Lunatic asylums Central Provinces reports 1886-1894 - 1886-1894
Year: 1886
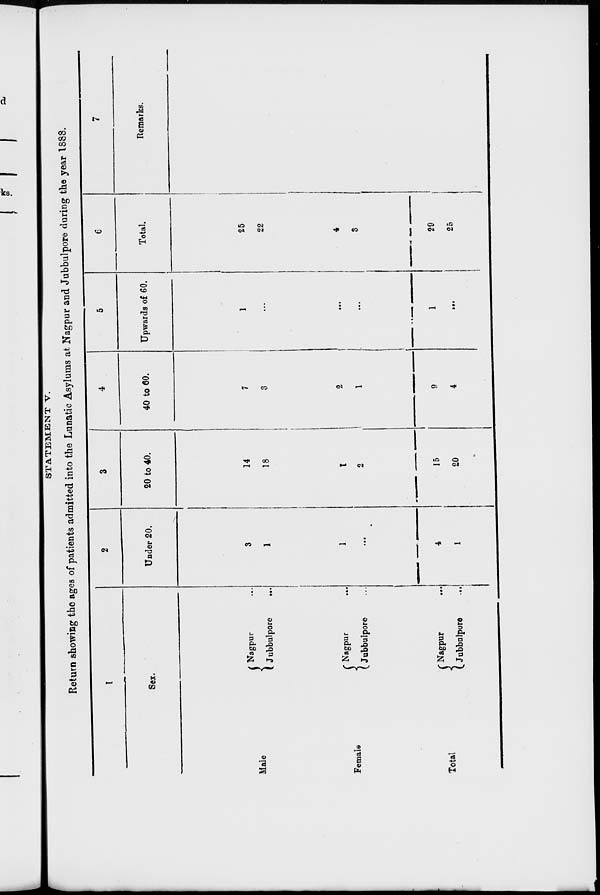
STATEMENT V.
Return showing the ages of patients admitted into the Lunatic Asylums at Nagpur and Jubbulpore during the year 1888.
1
Sex.
Male
Female
Total
Nagpur ...
Jubbulpore
...
Nagpur
Jubbulpore
Nagpur ...
Jubbulpore
...
2
Under 20.
3
1
1
...
4
1
3
20 to 40.
14
18
1
2
15
20
4
40 to 60.
7
3
2
1
9
4
5
Upwards of 60.
1
...
...
...
1
...
6
Total.
25
22
4
8
29
25
7
Remarks.